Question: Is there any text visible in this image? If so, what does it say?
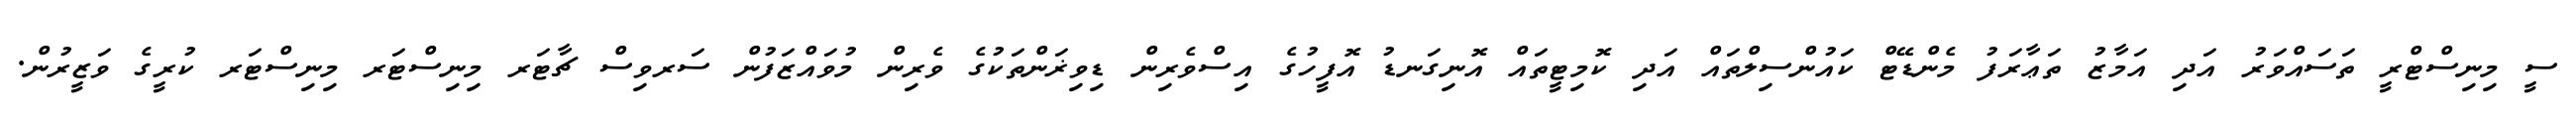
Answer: ސީ މިނިސްޓްރީ ތަސައްވަރު އަދި އަމާޒު ތަޢާރަފު މެންޑޭޓް ކައުންސިލްތައް އަދި ކޮމިޓީތައް އޮނިގަނޑު އޮފީހުގެ އިސްވެރިން ޑިވިޜަންތަކުގެ ވެރިން މުވައްޒަފުން ސަރވިސް ޗާޓަރ މިނިސްޓަރ މިނިސްޓަރ ކުރީގެ ވަޒީރުން.